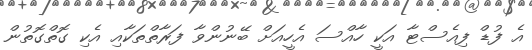
އެ ފުޑް ފިއެސްޓާ އަކީ ހާއްސަ އެހީއަށް ބޭނުންވާ ފަރާތްތަކާއި އެކި ގޮތްގޮތުން